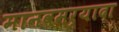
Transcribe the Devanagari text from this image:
मानवमर्यादा